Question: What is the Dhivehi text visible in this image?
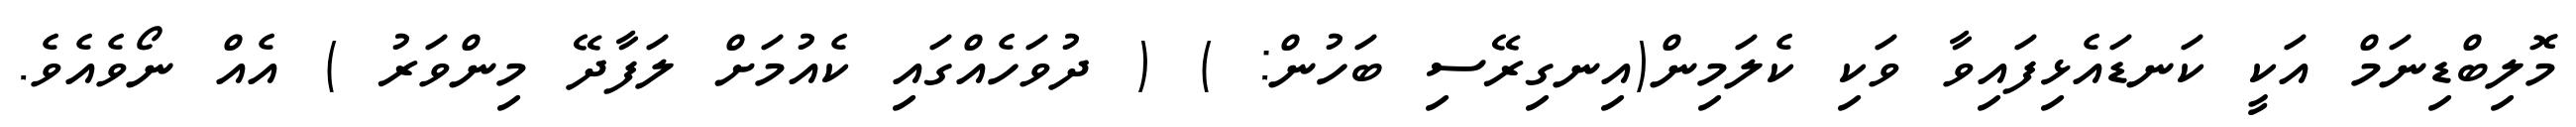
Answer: މޮލިބްޑިނަމް އަކީ ކަނޑައެޅިފައިވާ ވަކި ކެލަމިން(އިނގިރޭސި ބަހުން: ) ( ދުވަހެއްގައި ކެއުމަށް ލަފާދޭ މިންވަރު ) އެއް ނޯވެއެވެ.